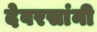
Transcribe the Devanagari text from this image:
देवरसांनी